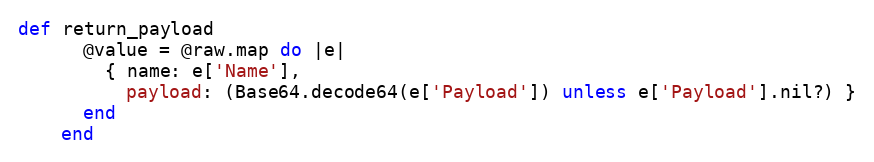
Language: Ruby
def return_payload
      @value = @raw.map do |e|
        { name: e['Name'],
          payload: (Base64.decode64(e['Payload']) unless e['Payload'].nil?) }
      end
    end